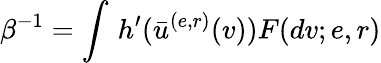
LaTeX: \beta^{-1}=\int\, h^{\prime}(\bar{u}^{(e,r)}(v))F(dv;e,r)